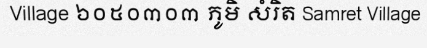
Village ៦០៥០៣០៣ ភូមិ សំរិត Samret Village